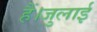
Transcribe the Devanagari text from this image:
हैं।जुलाई